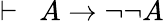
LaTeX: \vdash\ \ A\rightarrow\lnot\lnot A